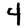
Digit: 4